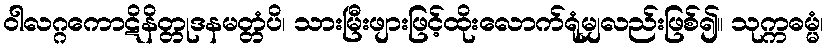
ဝါလဂ္ဂကောဋိနိတ္တုဒနမတ္တံပိ၊ သားမြီးဖျားဖြင့်ထိုးလောက်ရုံမျှလည်းဖြစ်၍။ သုက္ကဓမ္မံ၊